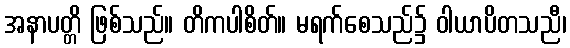
အနာပတ္တိ ဖြစ်သည်။ တိကပါစိတ်။ မရက်စေသည်၌ ဝါယာပိတသညီ၊